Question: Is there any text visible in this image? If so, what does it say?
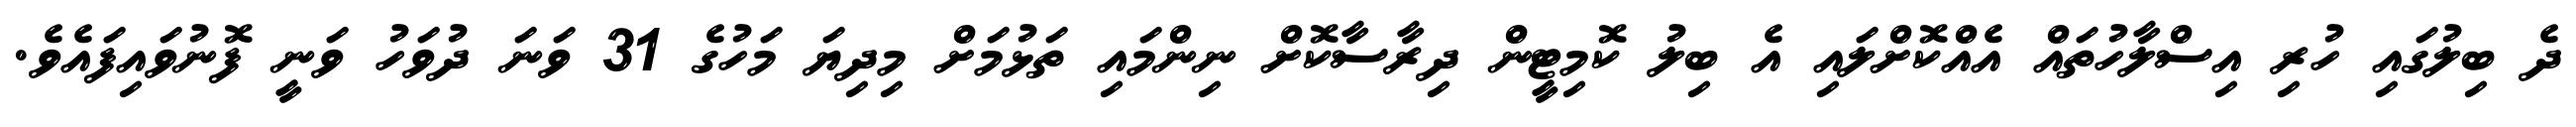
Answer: ދެ ބިލުގައި ހުރި އިސްލާހުތައް އެއްކޮށްލައި އެ ބިލު ކޮމިޓީން ދިރާސާކޮށް ނިންމައި ތަޅުމަށް މިދިޔަ މަހުގެ 31 ވަނަ ދުވަހު ވަނީ ފޮނުވައިފައެވެ.